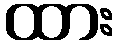
ထား